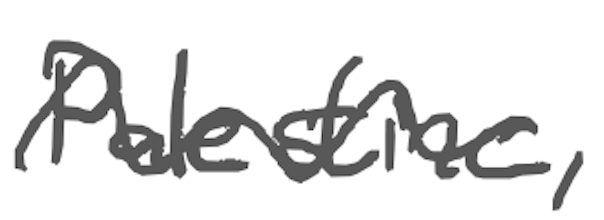
Text: Palestine,
Cross-out: wave
Writing tool: digital_gray